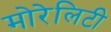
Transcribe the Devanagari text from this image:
मोरेलिटी